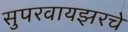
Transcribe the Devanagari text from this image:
सुपरवायझरचे